Report of the Indian Hemp Drugs Commission, 1894-1895 - Volume VII
Year: 1894
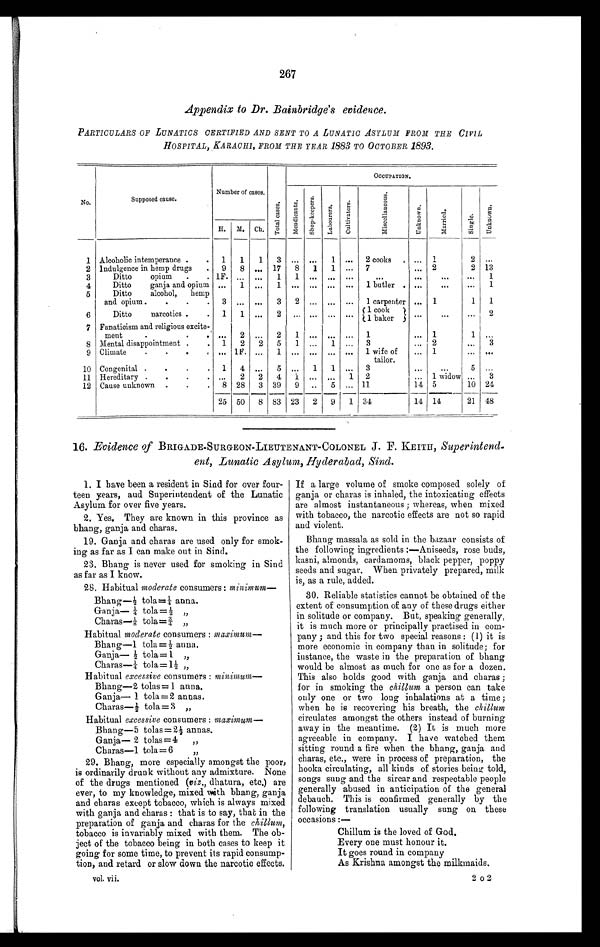
267
Appendix to Dr. Bainbridge's evidence.
PARTICULARS OF LUNATICS CERTIFIED AND SENT TO A LUNATIC ASYLUM FROM THE CIVIL
HOSPITAL, KARACHI, FROM THE YEAR 1883
TO OCTOBER 1893 .
No.
Supposed cause.
Number of cases.
T o t a l C a s e s .
O C C U P A T I O N .
M e d i c a n t s .
S h o p - k e e p e r s .
L a b o u r e rs
.
C u l t i v a t o r s .
M i s c e l l a n e o u s .
U n k n o w n .
M a r r i e d
S i n g l e .
U n k o w n .
H.
M.
Ch.
1 Alcoholic intemperance .
.
1
1
1
3 ... ...
—
1 ...
2 cooks
1
2 •..
2
3
Indulgence in hemp drugs
.
Ditto
opium
.
.
9
1F.
8 .., 17
8
1
1 ...
7
Ol•
0••
2
6111
2 13
1
4
Ditto
ganja and opium ...
1 ..,
1 ... ... ... ...
1 butler . ...
...
...
1
5
Ditto
alcohol,
hemp
and opium .
.
.
.
3 ... ...
3
2 „, ,.. ...
1 carpenter ... 1
1
1
Ditto
narcotics .
.
1
1 ...
2
'
.. "
, "' *"
(' 1 cook
) ...
,..
...
2
t 1 baker 5
7
Fanaticism and religious excite-
ment
... 1
1 ...
8 Mental disappointment .
.
1
2
2
5
1 ...
1 ,..
3
.„ 2
...
3
9 Climate
.
•
.
, .., 1F. • , •
1 „. .., „. ...
1 wife of
tailor.
.., 1
... •••
10 Congenital .
.
.
.
1
4 ...
5 „.
1
1 ...
3
5 ...
11 Hereditary .
.
.
. ...
2
2
4
1 ... „.
1 2
... 1 widow ...
3
12 Cause unknown .
.
,
8 28
3 39
5 ,.. 11
14 5
10 24
25 50
8 83 23
2
9
34
14 14
21 48
-- --
16. Evidence of BRIGADE-SURGEON-LIEUTENANT-COLONEL J. F. KEITH, Superintencl.
ent, Lunatic Asylum, Hyderabad, Sind.
1. I have been a resident in Sind for over four-
teen years, and Superintendent of the Lunatic
Asylum for over five years.
2. Yes. They are known in this province as
bhang, ganja and charas.
19. Ganja and charas are used only for smok-
ing as far as I can make out in Sind.
23. Bhang is never used for smoking in Sind
as far as I know.
28. Habitual moderate consumers minimum-
Bhang-2 tola=1 anna.
Ganja— 1 47 tola=i „
Charas—k tola=1 „
Habitual moderate consumers : maximum-
Bhang-1 tola=i anna.
Ganja— 2 tola= 1 ,,
Charas-1 tola = 1 ,,
Habitual excessive consumers : minimum-
Bhang-2 tolas=1 anna.
Ganja— 1 tola =2 annas.
Charas—i tola = 3 „
Habitual excessive consumers : maximum-
Bbang-5 tolas=2i annas.
Ganja— 2 tolas=4 „
Charas-1 tola= 6
1)
29. Bhang, more especia lly amongst the poor,
is ordinarily drunk without any admixture. None
of the drugs mentioned (viz., dhatura, etc.) are
ever, to my knowledge, mixed with bhang, ganja
and charas except tobacco, which is always mixed
with ganja and charas : that is to say, that in the
preparation of ganja and charas for the chillum,
tobacco is invariably mixed with them. The ob-
ject of the tobacco being in both cases to keep it
going for some time, to prevent its rapid consump-
tion, and retard or slow down the narcotic effects.
vol. vii.
If a large volume of smoke composed solely of
ganja or charas is inhaled, the intoxicating effects
are almost instantaneous ; whereas, when mixed
with tobacco, the narcotic effects are not so rapid
and violent.
Bhang massala as sold in the bazaar consists of
the following ingredients :—Aniseeds, rose buds,
kasni, almonds, cardamoms, black pepper, poppy
seeds and sugar. When privately prepared, milk
is, as a rule, added.
30. Reliable statistics cannot be obtained of the
extent of consumption of any of these drugs either
in solitude or company. But, speaking generally,
it is much more or principally practised in com-
pany ; and this for two special reasons : (1) it is
more economic in company than in solitude; for
instance, the waste in the preparation of bhang
would be almost as much for one as for a dozen.
This also holds good with ganja and charas ;
for in smoking the chillum a person can take
only one or two long inhalations at a time ;
when he is recovering his breath, the cilium
circulates amongst the others instead of burning
away in the meantime. (2) It is much more
agreeable in company. I have watched them
sitting round a fire when the bhang, ganja and
charas, etc., were in process of preparation, the
hooka circulating, all kinds of stories being told,
songs sung and the sircar and respectable people
generally abused in anticipation of the general
debauch. This is confirmed generally by the
following translation usually sung on. these
occasions :—
Chillum is the loved of God.
Every one must honour it.
It goes round in company
As Krishna amongst the milkmaids.
2 o2